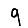
Digit: 9